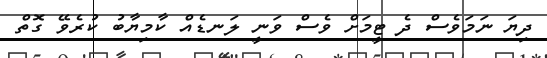
ދިޔަ ނަމަވެސް ދެ ޓީމަށް ވެސް ވަނީ ލަނޑެއް ކާމިޔާބު ކުރެވޭ ގޮތް